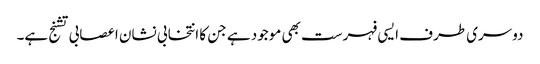
دوسری طرف ایسی فہرست بھی موجود ہے جن کا انتخابی نشان اعصابی تشنج ہے۔